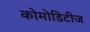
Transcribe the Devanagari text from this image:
कोमोडिटीज